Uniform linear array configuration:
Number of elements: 48
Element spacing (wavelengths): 0.75
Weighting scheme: cosine
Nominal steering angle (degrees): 0
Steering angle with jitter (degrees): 1.339
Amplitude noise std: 0.05
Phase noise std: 0.05

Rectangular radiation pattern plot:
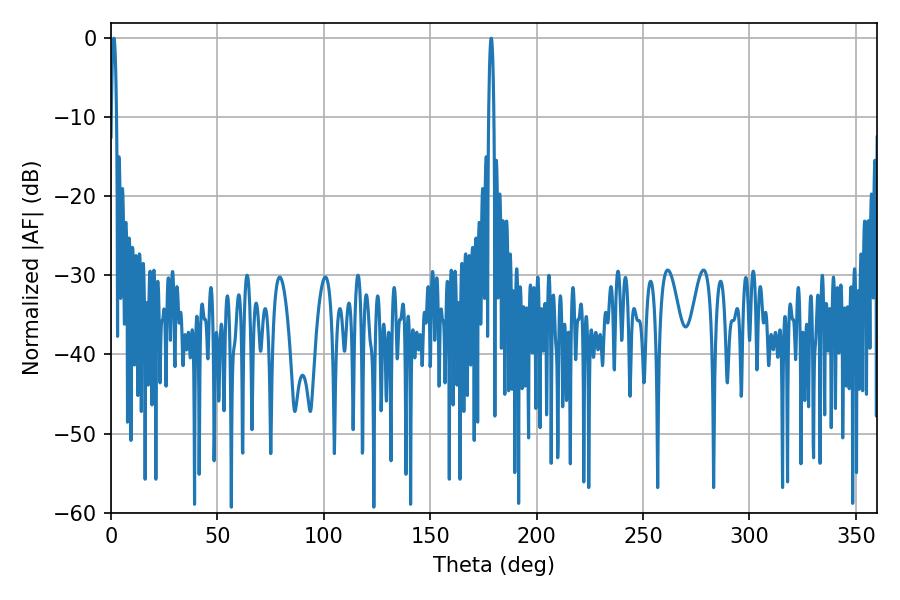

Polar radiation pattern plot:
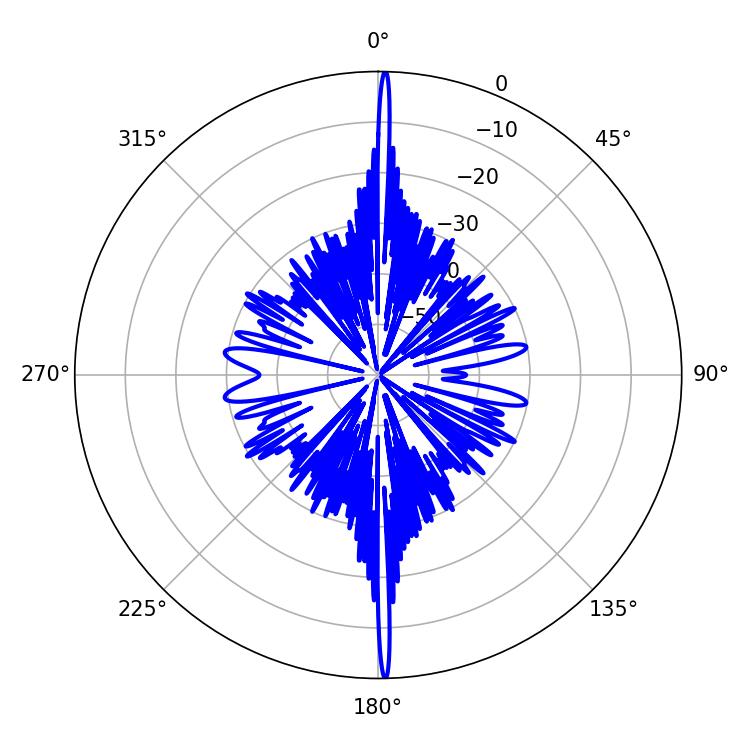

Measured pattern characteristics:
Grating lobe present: TRUE
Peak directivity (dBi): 32.403
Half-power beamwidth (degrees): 1.26
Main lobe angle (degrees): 178.74